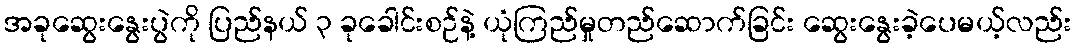
အခုဆွေးနွေးပွဲကို ပြည်နယ် ၃ ခုခေါင်းစဉ်နဲ့ ယုံကြည်မှုတည်ဆောက်ခြင်း ဆွေးနွေးခဲ့ပေမယ့်လည်း